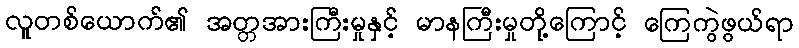
လူတစ်ယောက်၏ အတ္တအားကြီးမှုနှင့် မာနကြီးမှုတို့ကြောင့် ကြေကွဲဖွယ်ရာ